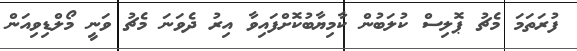
ފުރަތަމަ މެޗު ޕޮލިސް ކުލަބުން ކާމިޔާބުކޮށްފައިވާ އިރު ދެވަނަ މެޗު ވަނީ މޯލްޑިވިއަން